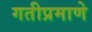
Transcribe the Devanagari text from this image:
गतीप्रमाणे